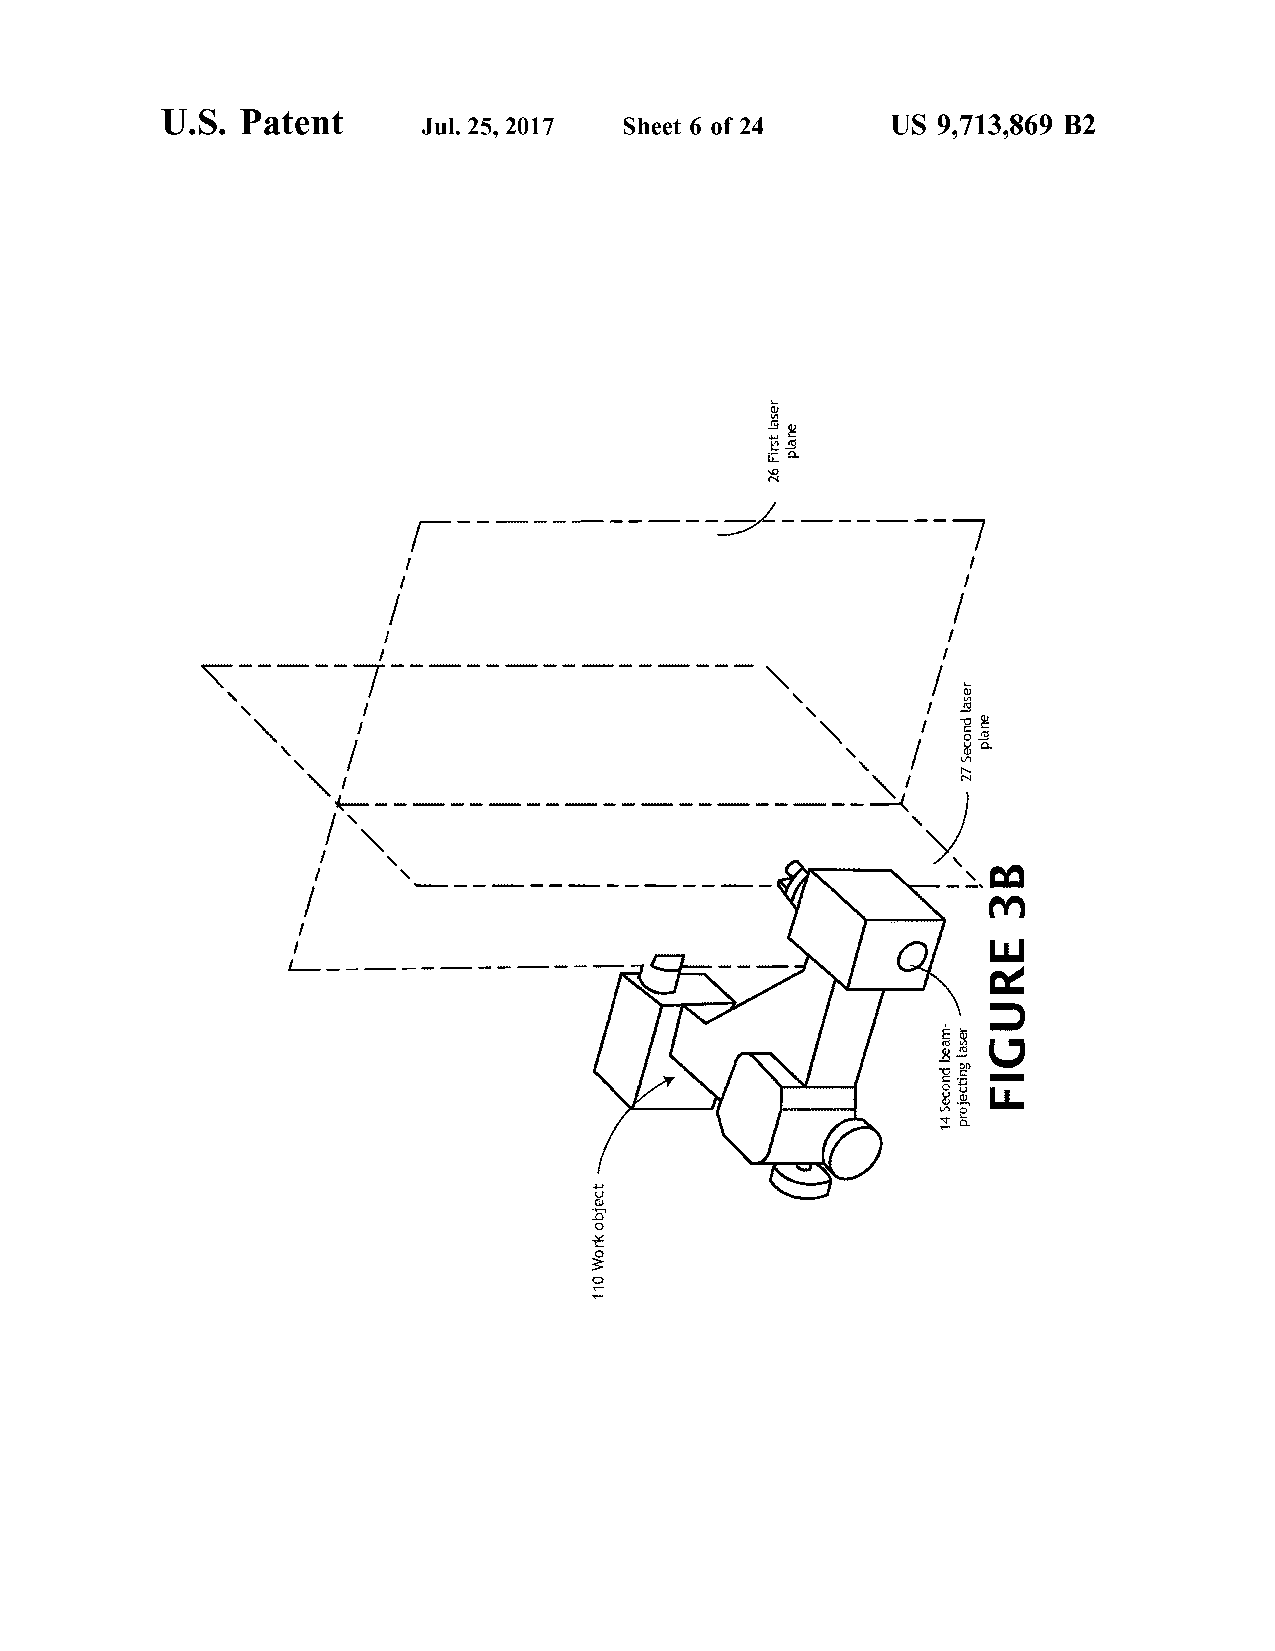
U.S.                                                                                                                                                                                                                                                                                                                                                                                                                                                                                                                                                                                                                                                                                                                                                                                                                                                                                                                                                                                                                                                                                                                                                                                                                                                                                                                                                                                                                                                                                                                                                                                                                                                                                                                                                                                                                                                                                                                                                                                                                                                                                                                                                                                                                                                                                                                                                                                                                                                                                                                                                                                                                                                                                                                                                                                                                                                                                                                                                                                                                                                                                                                                                                                                                                                                                                                                                                                                                                                                    Patent
 US                                                                                                                                                                                                                                                                                                                                                                                                                                                                                                                                                                                                                                                                                                                                                                                                                                                                                                                                                                                                                                                                                                                                                                                                                                                                                                                                                                                                                                                                                                                                                                                                                                                                                                                                                                                                                                                                                                                                                                  9,713,869                                                                                                                                                                                                                                                                                                                                                                                                                                                                                                                                                                                                                                                                                                                                                                                                                                                                                                                                                                                                                                                                                                                                                                                                                                                                                                                                                                                                                                                                                                                                                                                                                                                                                                                                                                                                                                                                                                                                                                                                                                                                                                                                                                                                                                                                                                                                                                                                                                                                                                                                                                                                                                                                                                                                                                                                                                                                                                                                                                                                                                                                                                                                                                                                                                                                                                                                                                                                                                                                                                                                                                                                                                                                                                                                                                                                                                                                                                                                                                                                                                                                                                                                                                                                                                                                                                                                                                                                                                                                                                                                                                                                                                                                                                                                                                                                                                                                                                                                                                                                                                                                                                                                                                                                                                                                                                                                                                                         B2
 8HDAI£QH